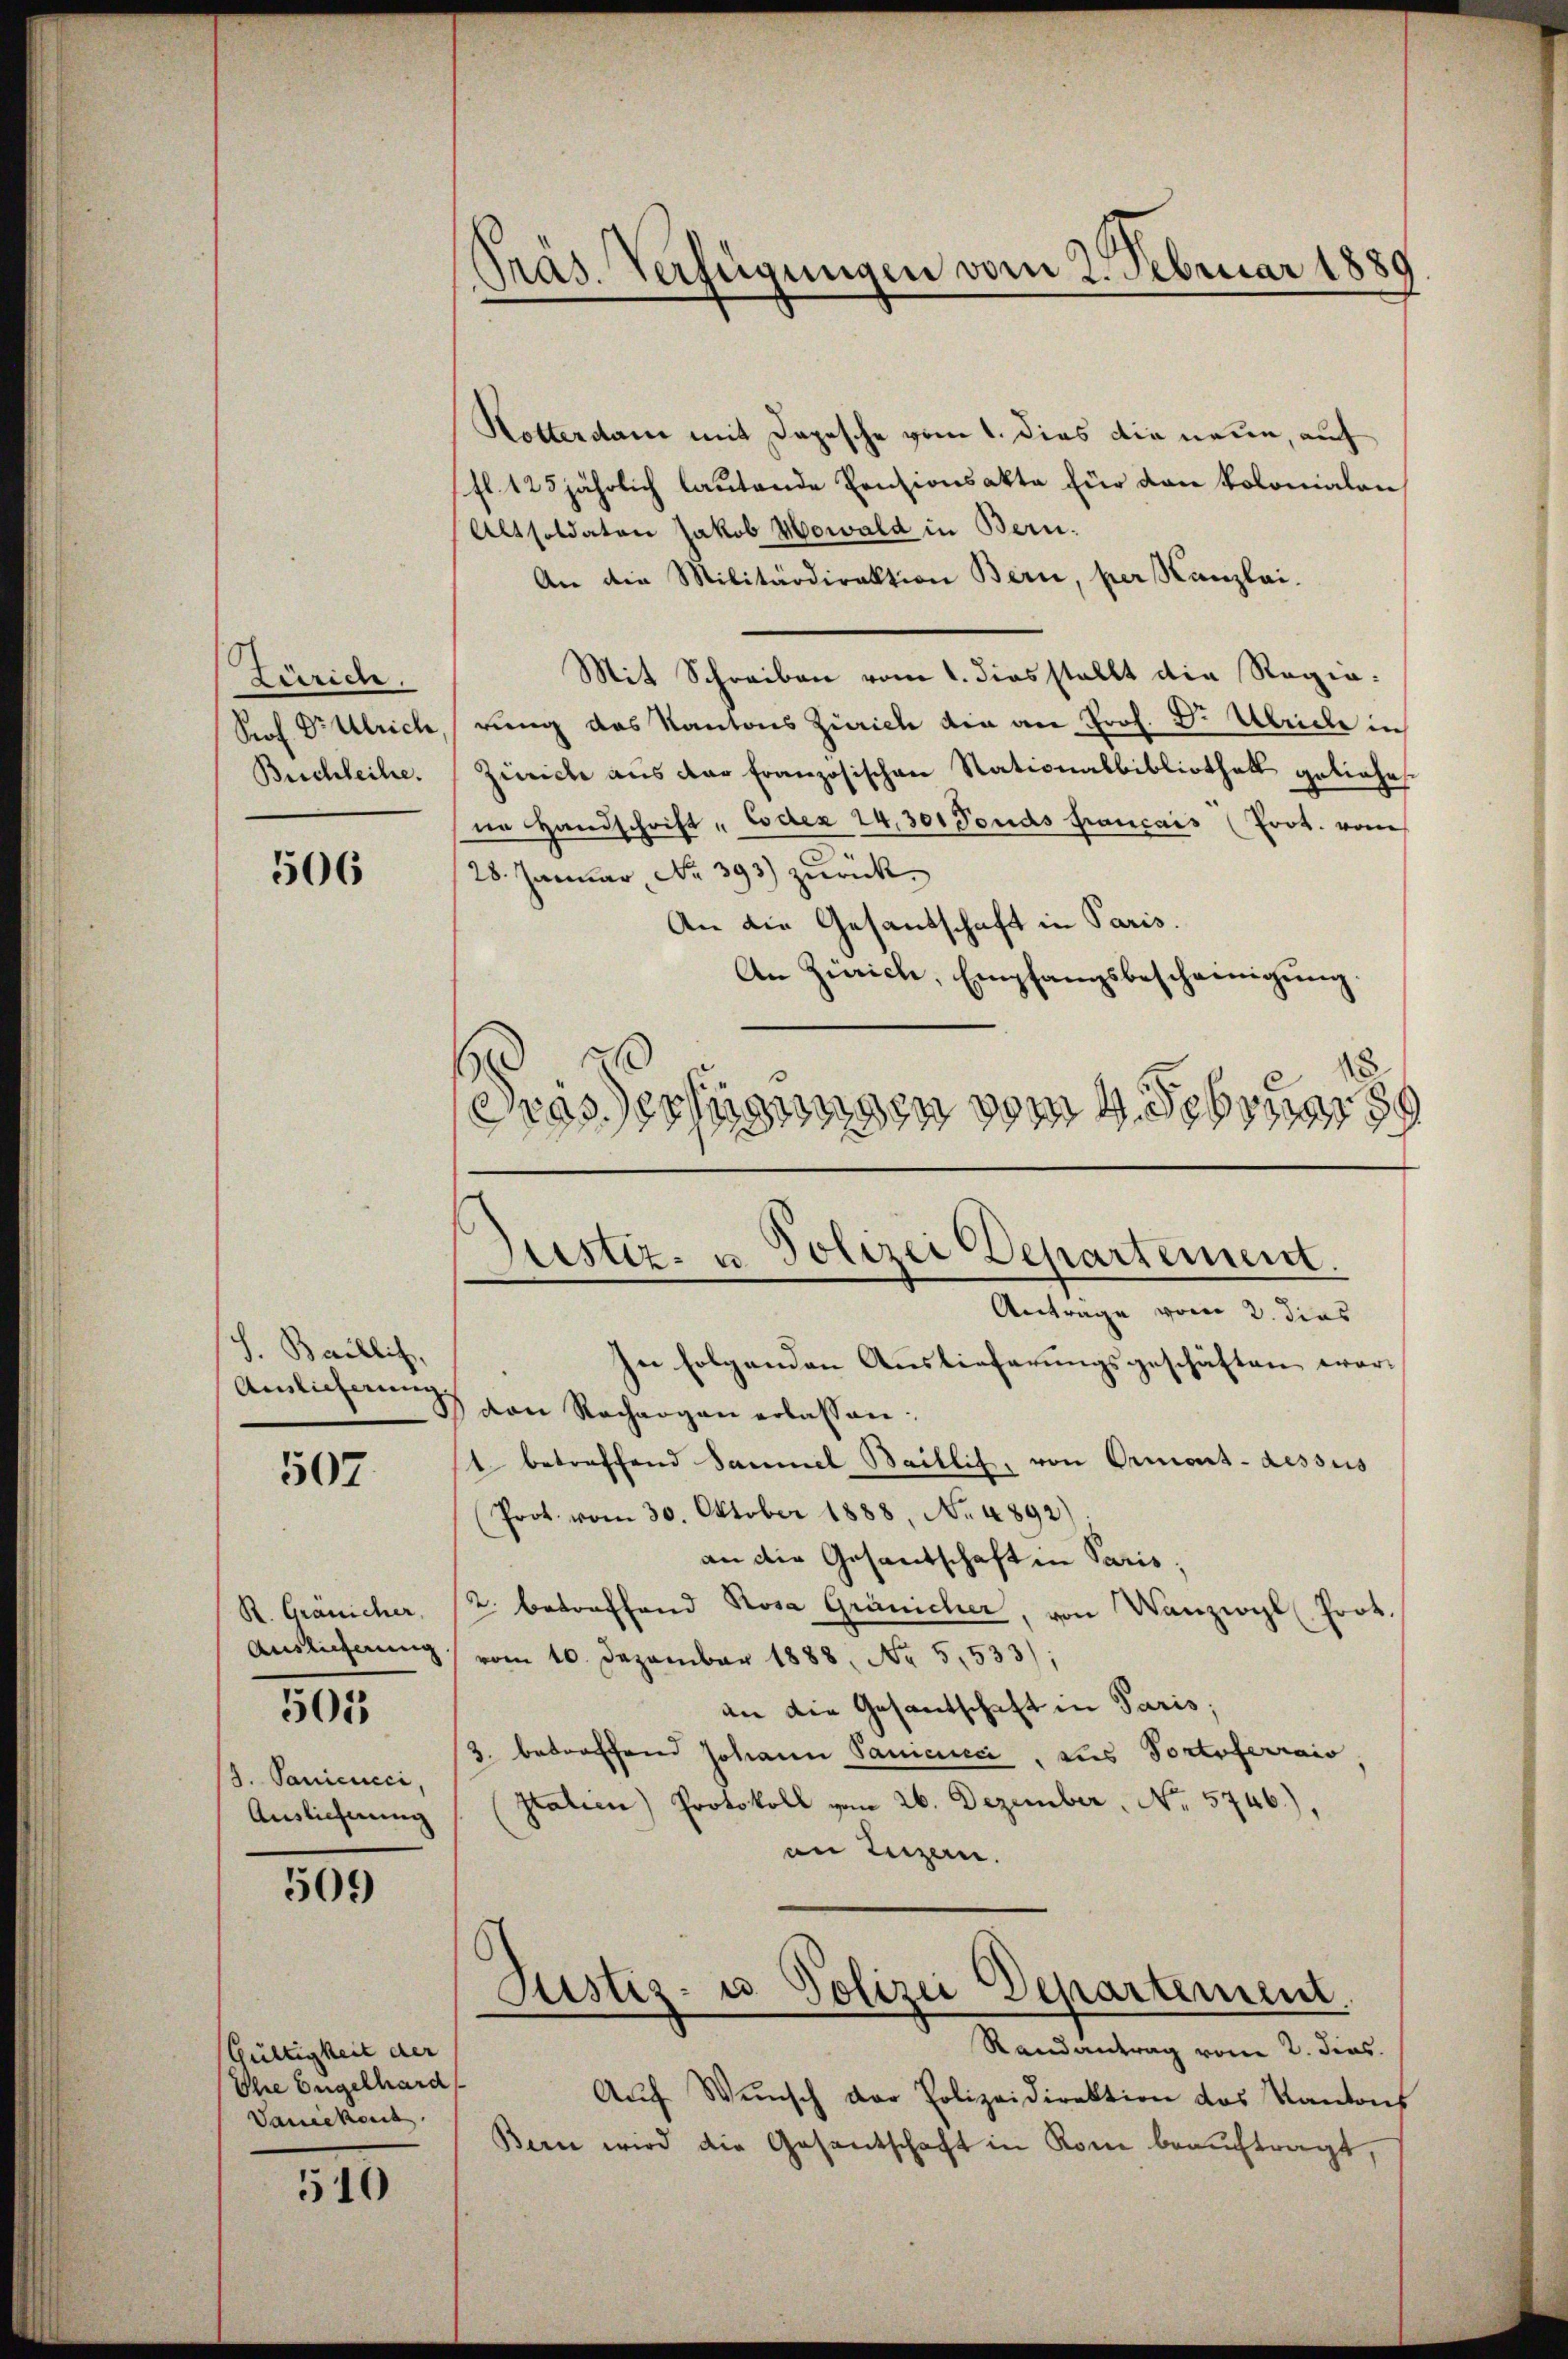
1
Zürich.
Prof. Dr Ulrich
Buchleihe.

506

S. Baillis,
Auslieferung.

507.

R. Gränicher,
Auslieferung
G. Sanicucci,
Auslieferung

501

509

Gültigkeit der
Ihre Engelhard
Vaniekons

510

Kotterdam mit Depesche vom 1. dies die neue, auf
fl. 125jährlich lautende Pensionsakte für den Polonialen,
Altsoldaten Jakob Howald in Bern.
An die Militärdirektion Bern, per Kanzlai.
Mit Schreiben vom 1. dies stellt die Regierung das Kantons Zürich die an froh. D. Ulriche in
Zürich aus der französischen Stationalbibliothek geliehen
ne Handschrift " Codex 24,301 Fonds francais (Poot. vom
28. Januar No. 393 zurück.
An die Gesandschaft in Paris.
An Zürich, Empfangsbescheinigung.
5
2
293
e
M W. Feb
39

Präs. Verfügungen vom 2. Februar 1889

Justiz- u. Polizei Departement.
e
Antrage vom 2. dies

In folgenden Auslieferungsgeschäften wor-
den Rechargen erlassen:
1 betreffend Sammel Baillis, von Ormont-dessus
(Prot. vom 30. Oktober 1888. No. 4892)
an die Gesantschaft in Paris,
2. betreffend Rosa Gränicher, von Wanzogl. Prot.
vom 10. Dezember 1888. No 5,533);
an die Gesantschaft in Paris;
2. betreffend Johann Sanicini, das Portoferrais
Italien) Protokoll vom 26. Dezember, No 5746),
an Luzern.

Randantrag vom 2. dies
Aŭf Wŭnsch der Polizeidirektion des Kantons
Bern wird die Gesantschaft in Rom beauftragt,

Justiz- u. Polizei Departement
—